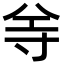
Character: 𡬦